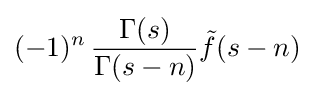
(-1)^{n}\,{\frac {\Gamma (s)}{\Gamma (s-n)}}{\tilde {f}}(s-n)